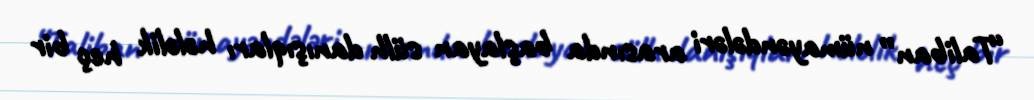
“Taliban” nümayəndələri arasında başlayan sülh danışıqları hələlik heç bir